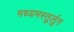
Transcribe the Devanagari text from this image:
मध्यमस्तुर्लुग